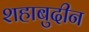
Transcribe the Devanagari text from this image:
शहाबुदीन